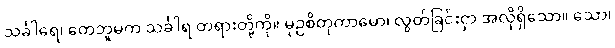
သင်္ခါရေ၊ တေဘူမက သင်္ခါရ တရားတို့ကို။ မုဉှစိတုကာမော၊ လွတ်ခြင်းငှာ အလိုရှိသော။ သော၊